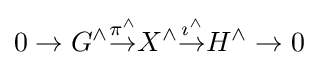
0\to G^{\wedge }{\stackrel {\pi ^{\wedge }}{\to }}X^{\wedge }{\stackrel {\imath ^{\wedge }}{\to }}H^{\wedge }\to 0